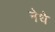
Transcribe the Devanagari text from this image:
नेधे